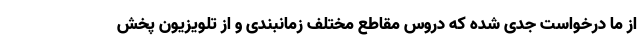
از ما درخواست جدی شده که دروس مقاطع مختلف زمانبندی و از تلویزیون پخش